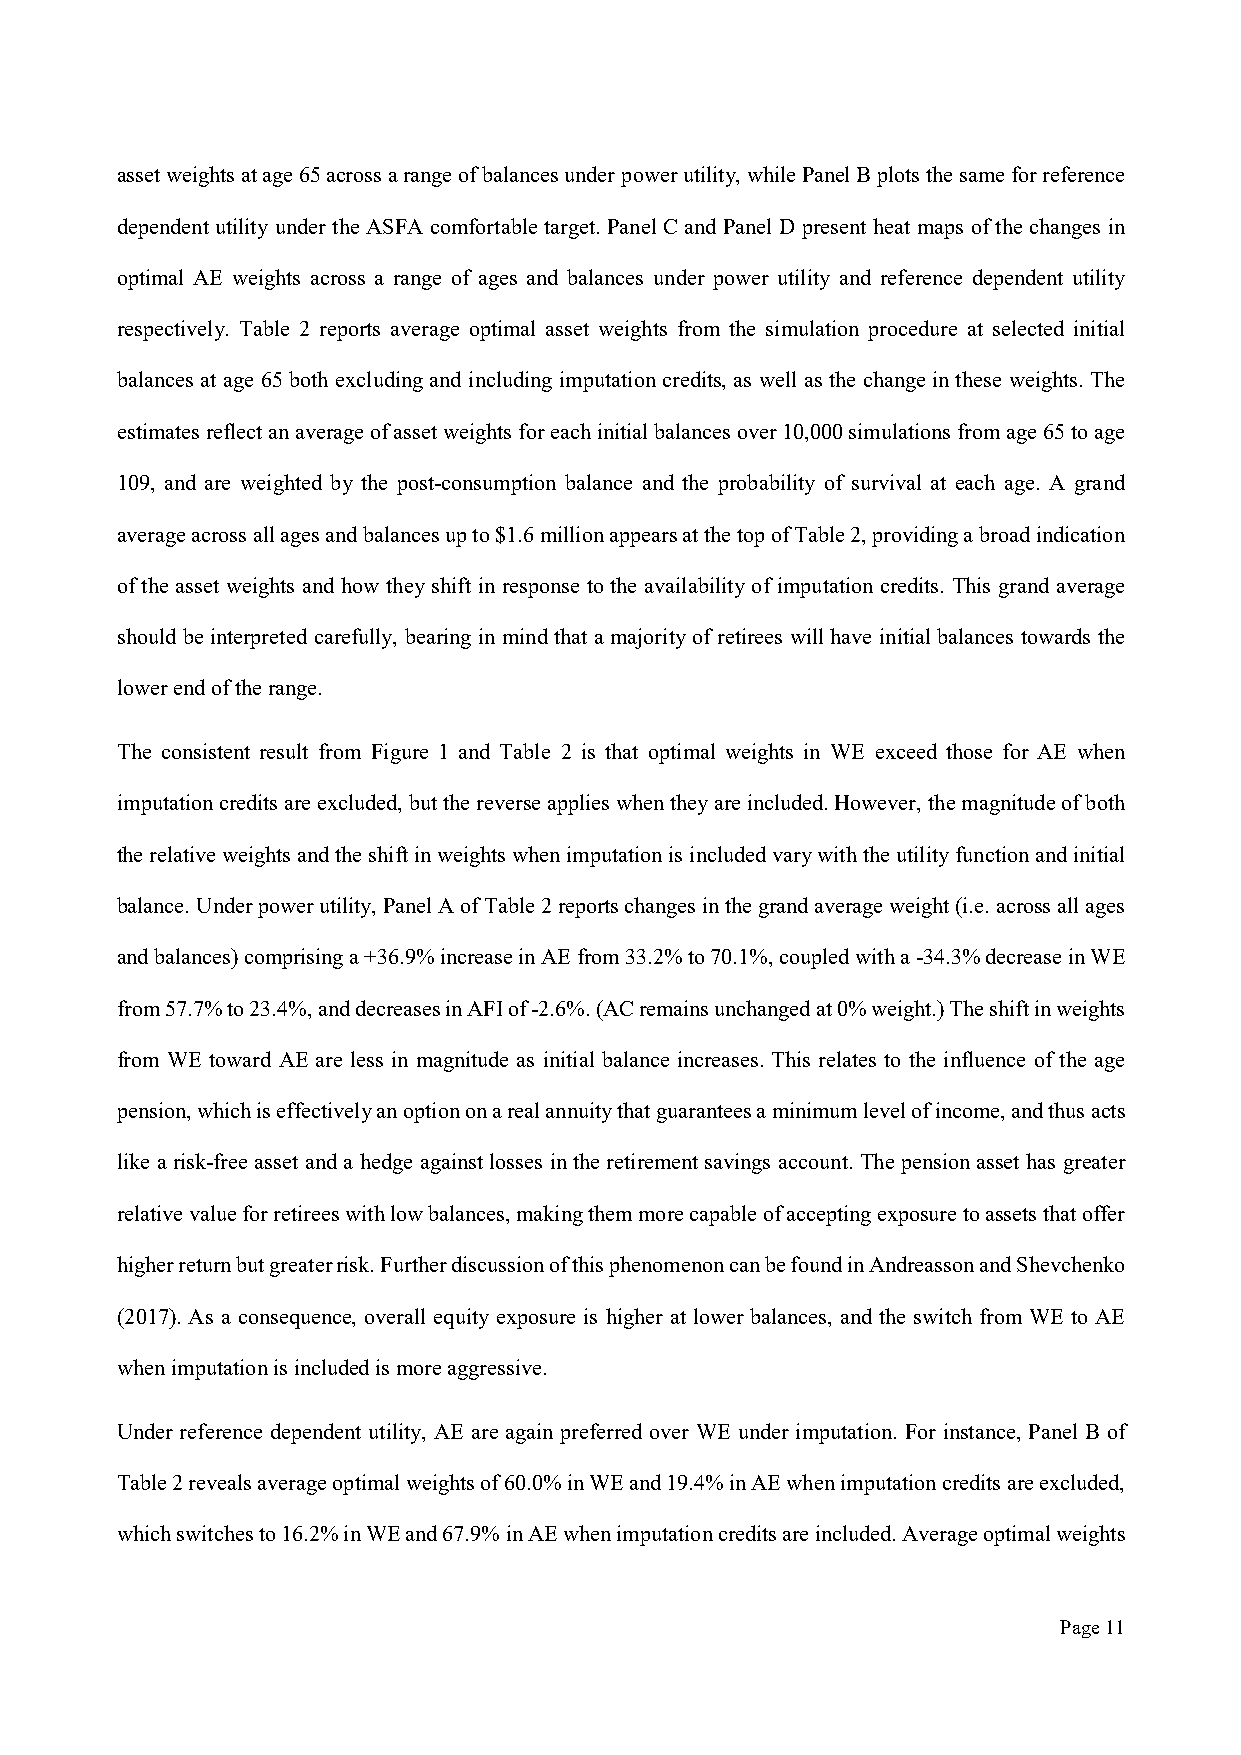
asset weights at age 65 across a range of balances under power utility, while Panel B plots the same for reference
 dependent utility under the ASFA comfortable target. Panel C and Panel D present heat maps of the changes in
 optimal AE weights across a range of ages and balances under power utility and reference dependent utility
 respectively. Table 2 reports average optimal asset weights from the simulation procedure at selected initial
 balances at age 65 both excluding and including imputation credits, as well as the change in these weights. The
 estimates reflect an average of asset weights for each initial balances over 10,000 simulations from age 65 to age
 109, and are weighted by the post-consumption balance and the probability of survival at each age. A grand
 average across all ages and balances up to $1.6 million appears at the top of Table 2, providing a broad indication
 of the asset weights and how they shift in response to the availability of imputation credits. This grand average
 should be interpreted carefully, bearing in mind that a majority of retirees will have initial balances towards the
 lower end of the range.
 The consistent result from Figure 1 and Table 2 is that optimal weights in WE exceed those for AE when
 imputation credits are excluded, but the reverse applies when they are included. However, the magnitude of both
 the relative weights and the shift in weights when imputation is included vary with the utility function and initial
 balance. Under power utility, Panel A of Table 2 reports changes in the grand average weight (i.e. across all ages
 and balances) comprising a +36.9% increase in AE from 33.2% to 70.1%, coupled with a -34.3% decrease in WE
 from 57.7% to 23.4%, and decreases in AFI of -2.6%. (AC remains unchanged at 0% weight.) The shift in weights
 from WE toward AE are less in magnitude as initial balance increases. This relates to the influence of the age
 pension, which is effectively an option on a real annuity that guarantees a minimum level of income, and thus acts
 like a risk-free asset and a hedge against losses in the retirement savings account. The pension asset has greater
 relative value for retirees with low balances, making them more capable of accepting exposure to assets that offer
 higher return but greater risk. Further discussion of this phenomenon can be found in Andreasson and Shevchenko
 (2017). As a consequence, overall equity exposure is higher at lower balances, and the switch from WE to AE
 when imputation is included is more aggressive.
 Under reference dependent utility, AE are again preferred over WE under imputation. For instance, Panel B of
 Table 2 reveals average optimal weights of 60.0% in WE and 19.4% in AE when imputation credits are excluded,
 which switches to 16.2% in WE and 67.9% in AE when imputation credits are included. Average optimal weights
 Page 11